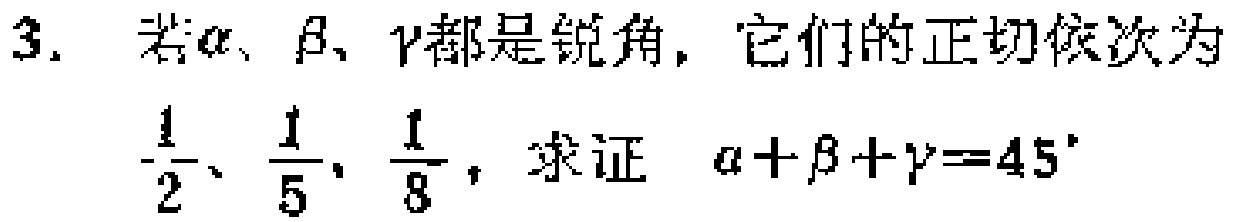
3. 若\(\alpha\)、\(\beta\)、\(\gamma\)都是锐角，它们的正切依次为\(\frac{1}{2}\)、\(\frac{1}{5}\)、\(\frac{1}{8}\)，求证 \(\alpha+\beta+\gamma = 45^{\circ}\)